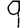
Digit: 9